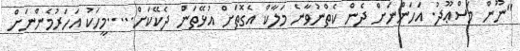
"ނޫން މަސްޢޫދު. އަހަންނަށް ދެން ކެތްނުވާނެ މަލާކް އެގޮތަށް އުޅޭތަން ދެކޭކަށް.....މީހަކު އަހަރުމެންނަށް